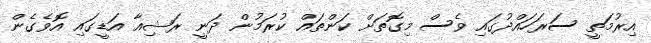
އިރުމަތީ ސަރަހައްދުގައި ވެސް މިގޮތަށް ކަންތައް ކުރަމުން ދަނީ ރަޝިއާ އަޑީގައި އޮވެގެން